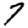
Digit: 7